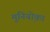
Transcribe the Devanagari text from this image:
मुनियो़का